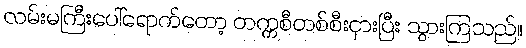
လမ်းမကြီးပေါ်ရောက်တော့ တက္ကစီတစ်စီးငှားပြီး သွားကြသည်။